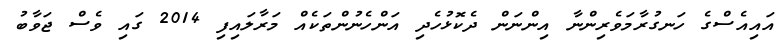
އައިއެސްގެ ހަނގުރާމަވެރިންނާ އިންނަން ދެކޮޅުހެދި އަންހެނުންތަކެއް މަރާލައިފި 2014 ގައި ވެސް ޖަވާބު